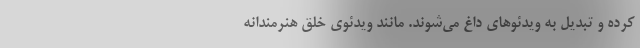
کرده و تبدیل به ویدئو‌های داغ می‌شوند. مانند ویدئوی خلق هنرمندانه